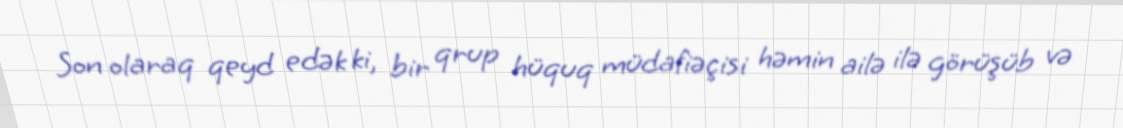
Son olaraq qeyd edək ki, bir qrup hüquq müdafiəçisi həmin ailə ilə görüşüb və